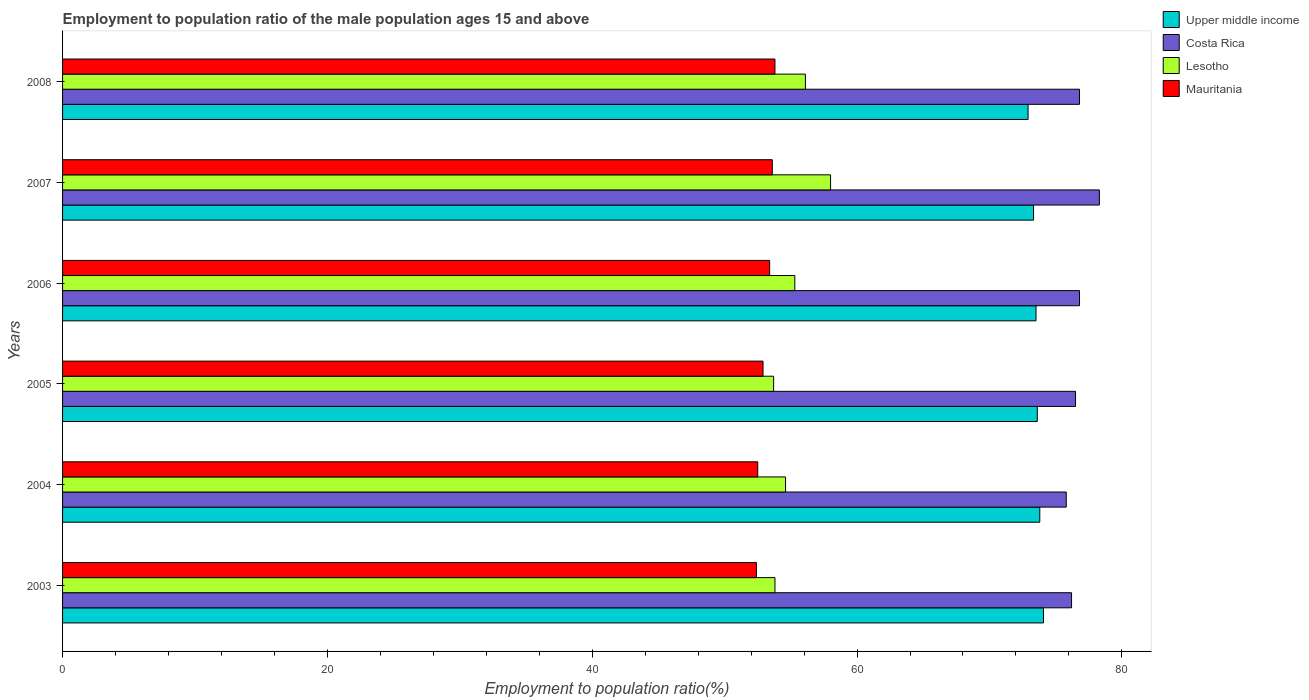
| Years | Upper middle income | Costa Rica | Lesotho | Mauritania |
 | --- | --- | --- | --- | --- |
 | 2003 | 74.1 | 76.2 | 53.8 | 52.4 |
 | 2004 | 73.8 | 75.8 | 54.6 | 52.5 |
 | 2005 | 73.6 | 76.5 | 53.7 | 52.9 |
 | 2006 | 73.5 | 76.8 | 55.3 | 53.4 |
 | 2007 | 73.3 | 78.3 | 58 | 53.6 |
 | 2008 | 72.9 | 76.8 | 56.1 | 53.8 |